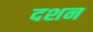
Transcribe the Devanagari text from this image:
दशन